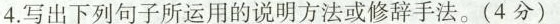
4.写出下列句子所运用的说明方法或修辞手法。(4分)